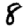
Digit: 8